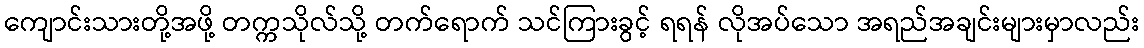
ကျောင်းသားတို့အဖို့ တက္ကသိုလ်သို့ တက်ရောက် သင်ကြားခွင့် ရရန် လိုအပ်သော အရည်အချင်းများမှာလည်း